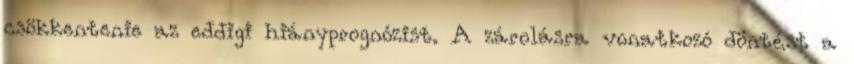
csökkentenie az eddigi hiányprognózist. A zárolásra vonatkozó döntést a